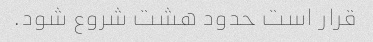
قرار است حدود هشت شروع شود.